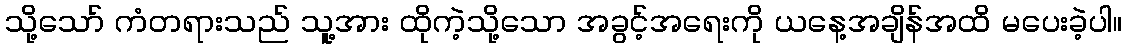
သို့သော် ကံတရားသည် သူ့အား ထိုကဲ့သို့သော အခွင့်အရေးကို ယနေ့အချိန်အထိ မပေးခဲ့ပါ။